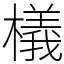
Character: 檥